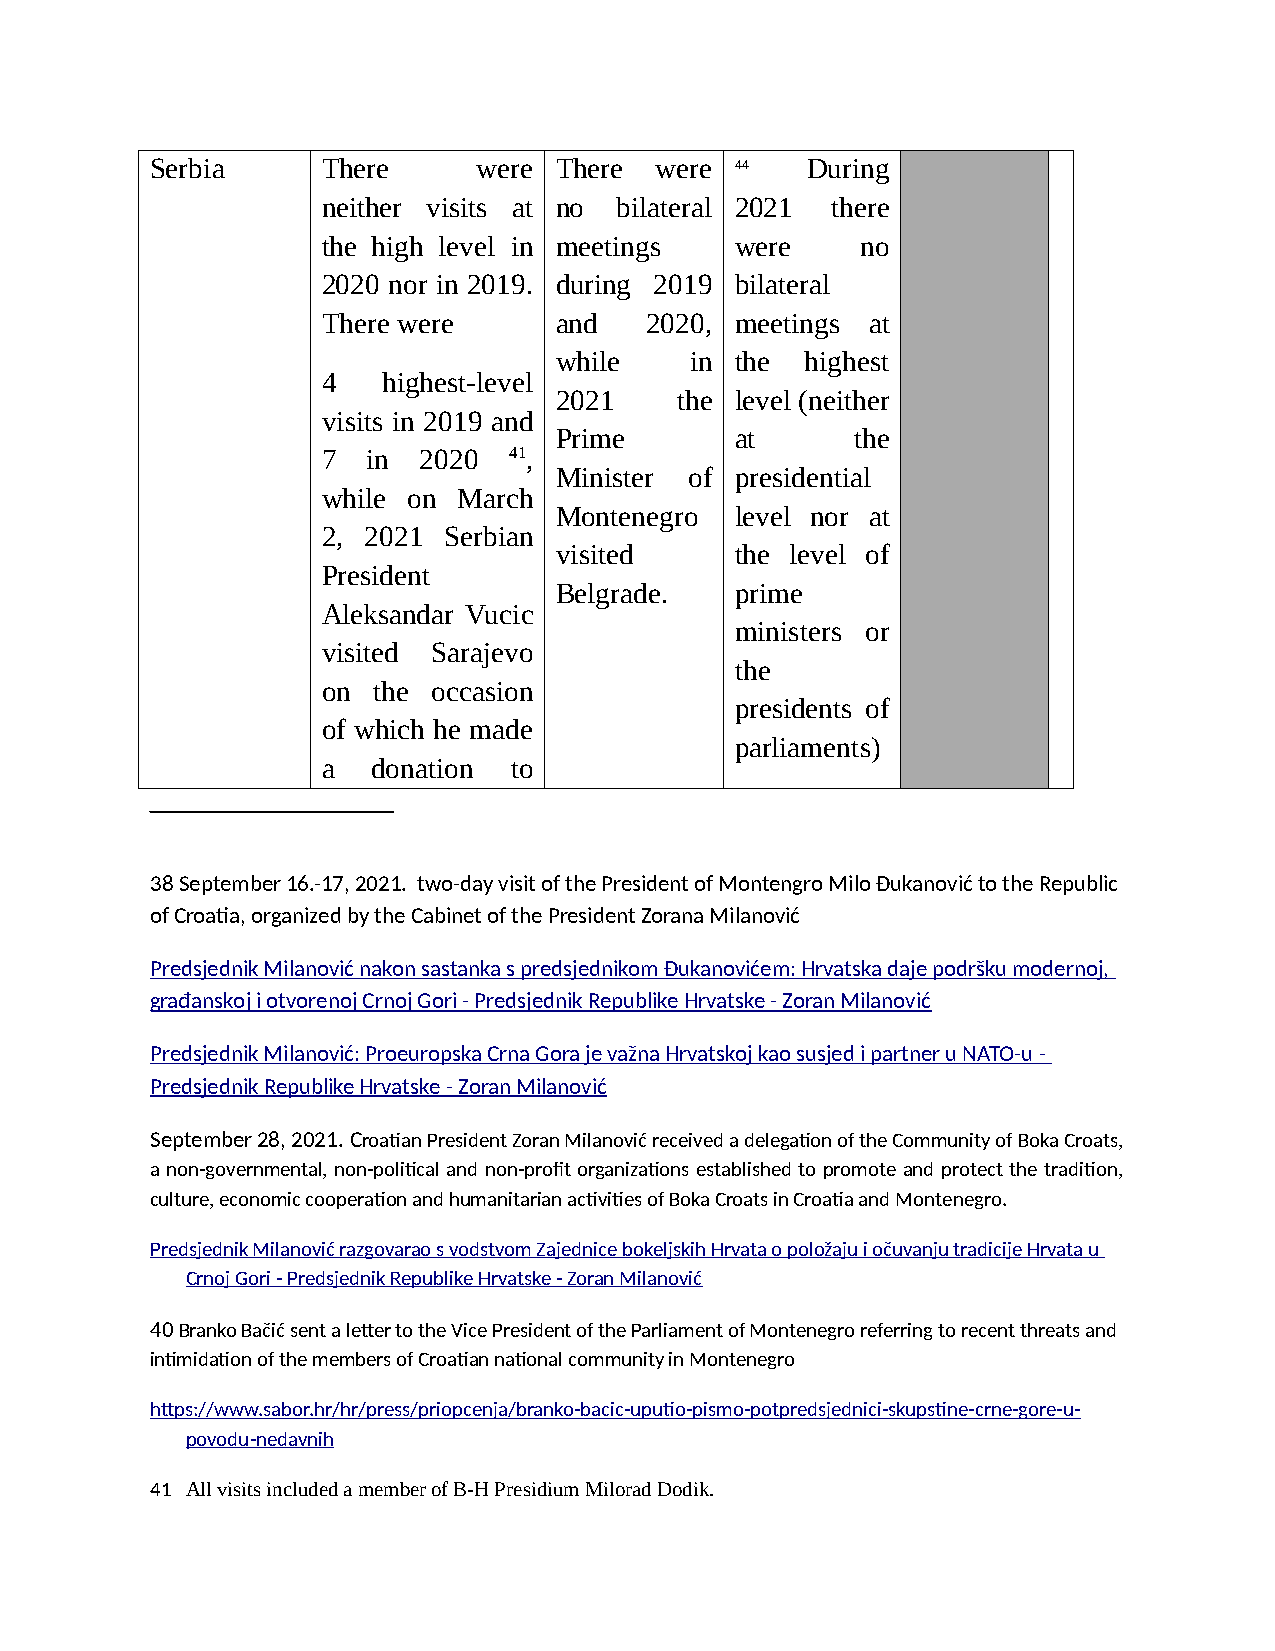
Serbia     There      were There were  44  During
 neither visits at no bilateral 2021 there
 the high level in meetings  were    no
 2020 nor in 2019. during 2019 bilateral
 There were      and   2020, meetings at
 while    in the highest
 4   highest-level
 2021    the level (neither
 visits in 2019 and
 Prime       at      the
 7  in  2020  41,
 Minister of presidential
 while on March
 Montenegro  level nor at
 2, 2021 Serbian
 visited     the level of
 President
 Belgrade.   prime
 Aleksandar Vucic
 ministers or
 visited Sarajevo
 the
 on  the occasion
 presidents of
 of which he made
 parliaments)
 a   donation to
 38 September 16.-17, 2021. two-day visit of the President of Montengro Milo Đukanović to the Republic
 of Croatia, organized by the Cabinet of the President Zorana Milanović
 Predsjednik Milanović nakon sastanka s predsjednikom Đukanovićem: Hrvatska daje podršku modernoj,
 građanskoj i otvorenoj Crnoj Gori - Predsjednik Republike Hrvatske - Zoran Milanović
 Predsjednik Milanović: Proeuropska Crna Gora je važna Hrvatskoj kao susjed i partner u NATO-u -
 Predsjednik Republike Hrvatske - Zoran Milanović
 September 28, 2021. Croatian President Zoran Milanović received a delegation of the Community of Boka Croats,
 a non-governmental, non-political and non-profit organizations established to promote and protect the tradition,
 culture, economic cooperation and humanitarian activities of Boka Croats in Croatia and Montenegro.
 Predsjednik Milanović razgovarao s vodstvom Zajednice bokeljskih Hrvata o položaju i očuvanju tradicije Hrvata u
 Crnoj Gori - Predsjednik Republike Hrvatske - Zoran Milanović
 40 Branko Bačić sent a letter to the Vice President of the Parliament of Montenegro referring to recent threats and
 intimidation of the members of Croatian national community in Montenegro
 https://www.sabor.hr/hr/press/priopcenja/branko-bacic-uputio-pismo-potpredsjednici-skupstine-crne-gore-u-
 povodu-nedavnih
 41 All visits included a member of B-H Presidium Milorad Dodik.